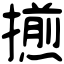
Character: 𢶕